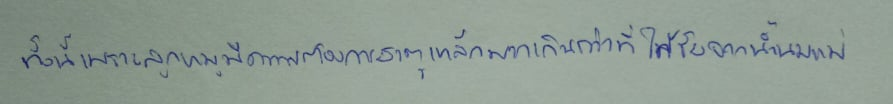
ทั้งนี้เพราะลูกหมูมีความต้องการธาตุเหล็กมากเกินกว่าที่ได้รับจากน้ำนมแม่